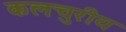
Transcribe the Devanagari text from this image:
कलचुरीय